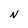
Character: N